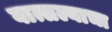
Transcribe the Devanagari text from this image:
वात्सल्याचा